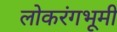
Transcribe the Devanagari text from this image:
लोकरंगभूमी